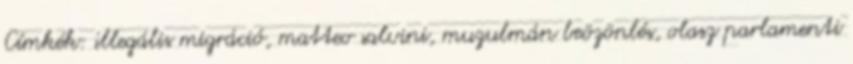
Címkék: illegális migráció, matteo salvini, muzulmán beözönlés, olasz parlamenti